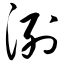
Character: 洌